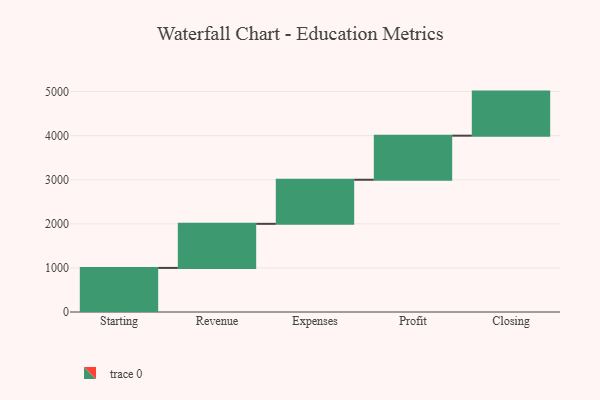
{"axis": {"x": "Step", "y": "Value"}, "legend": [""], "data": [{"x": "Starting", "y": 1000, "type": ""}, {"x": "Revenue", "y": 1000, "type": ""}, {"x": "Expenses", "y": 1000, "type": ""}, {"x": "Profit", "y": 1000, "type": ""}, {"x": "Closing", "y": 1000, "type": ""}]}